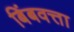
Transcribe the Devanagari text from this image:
बिंबवत्ता